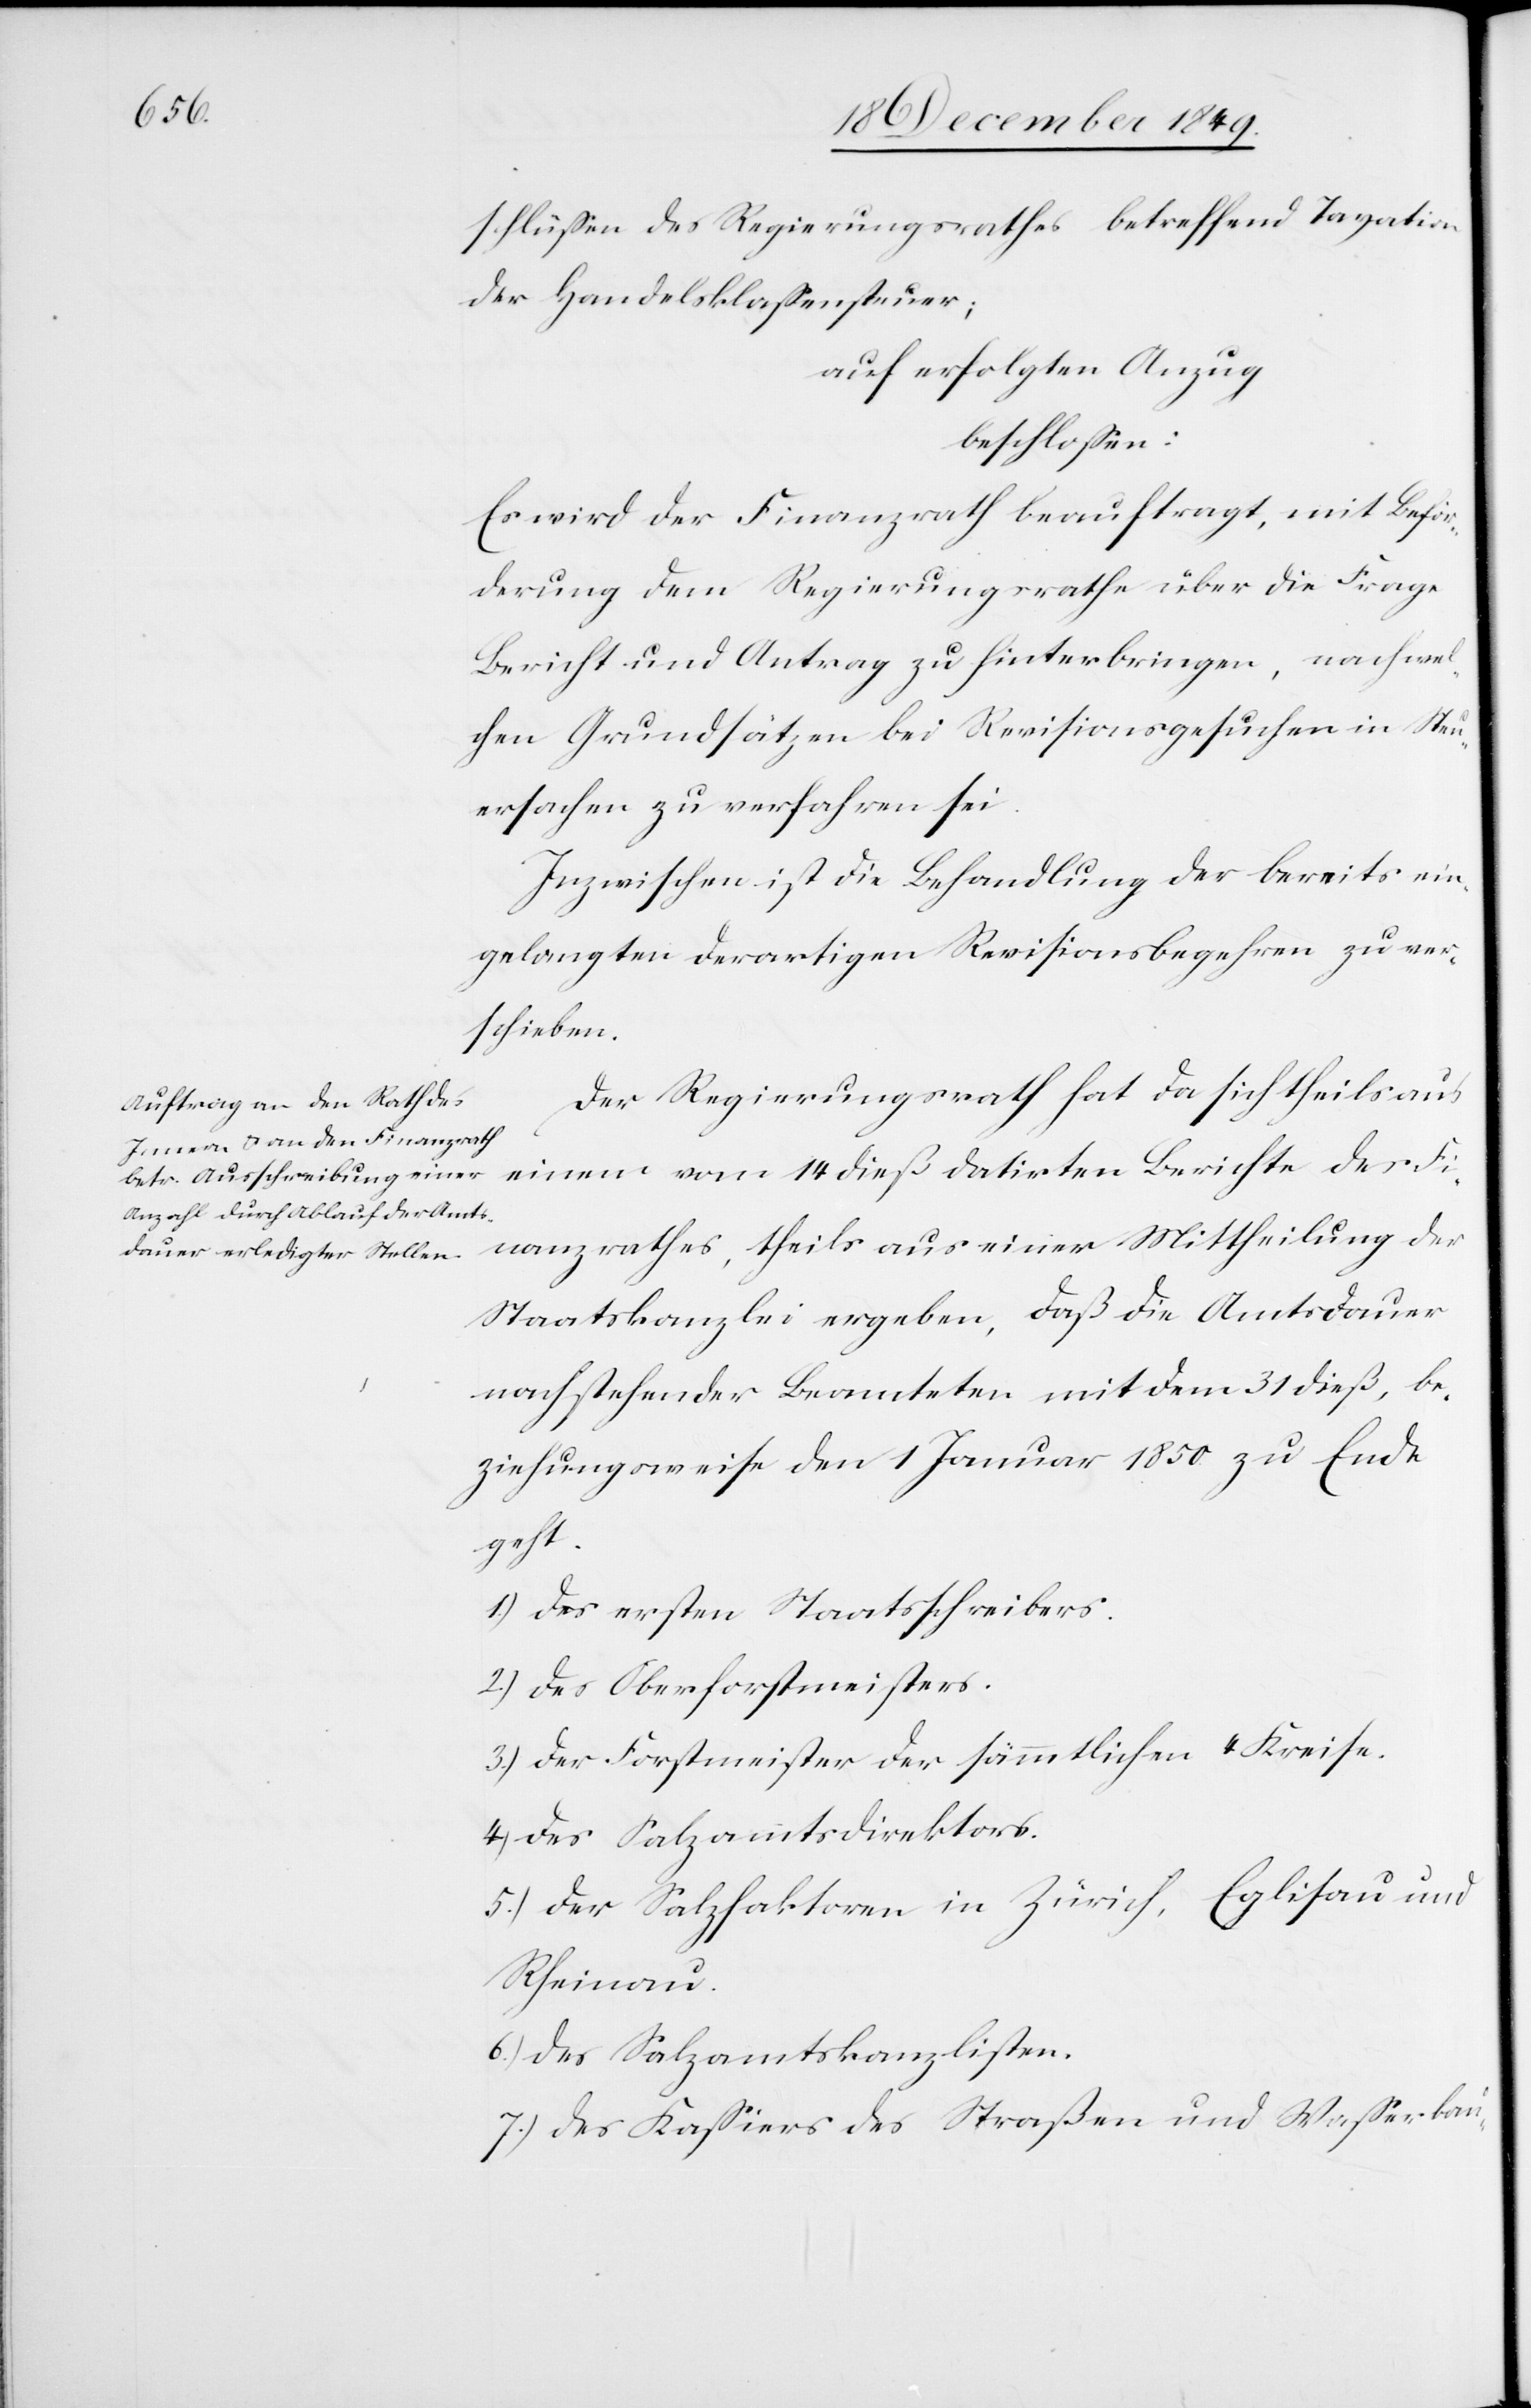
schlüßen des Regierungsrathes betreffend Taxation
der Handelsklaßensteuer;
auf erfolgten Anzug
beschloßen:
Es wird der Finanzrath beauftragt, mit Beför¬
derung dem Regierungsrathe über die Frage
Bericht und Antrag zu hinterbringen, nach wel¬
chen Grundsätzen bei Revisionsgesuchen in Steu¬
ersachen zu verfahren sei.
Inzwischen ist die Behandlung der bereits ein¬
gelangten derartigen Revisionsbegehren zu ver¬
schieben.
Der Regierungsrath hat da sich theils aus
einem vom 14 dieß datirten Berichte des Fi¬
nanzrathes, theils aus einer Mittheilung der
Staatskanzlei ergeben, daß die Amtsdauer
nachstehender Beamteten mit dem 31 dieß, be¬
ziehungsweise dem 1 Januar 1850 zu Ende
geht.
1.) des ersten Staatsschreibers.
2.) des Oberforstmeisters.
3.) des Forstmeister der sämmtlichen 4 Kreise.
4.) des Salzamtsdirektors.
5.) der Salzfaktoren in Zürich, Eglisau und
Rheinau.
6.) der Salzamtskanzlisten.
7.) des Kaßiers des Straßen und Waßerbau-